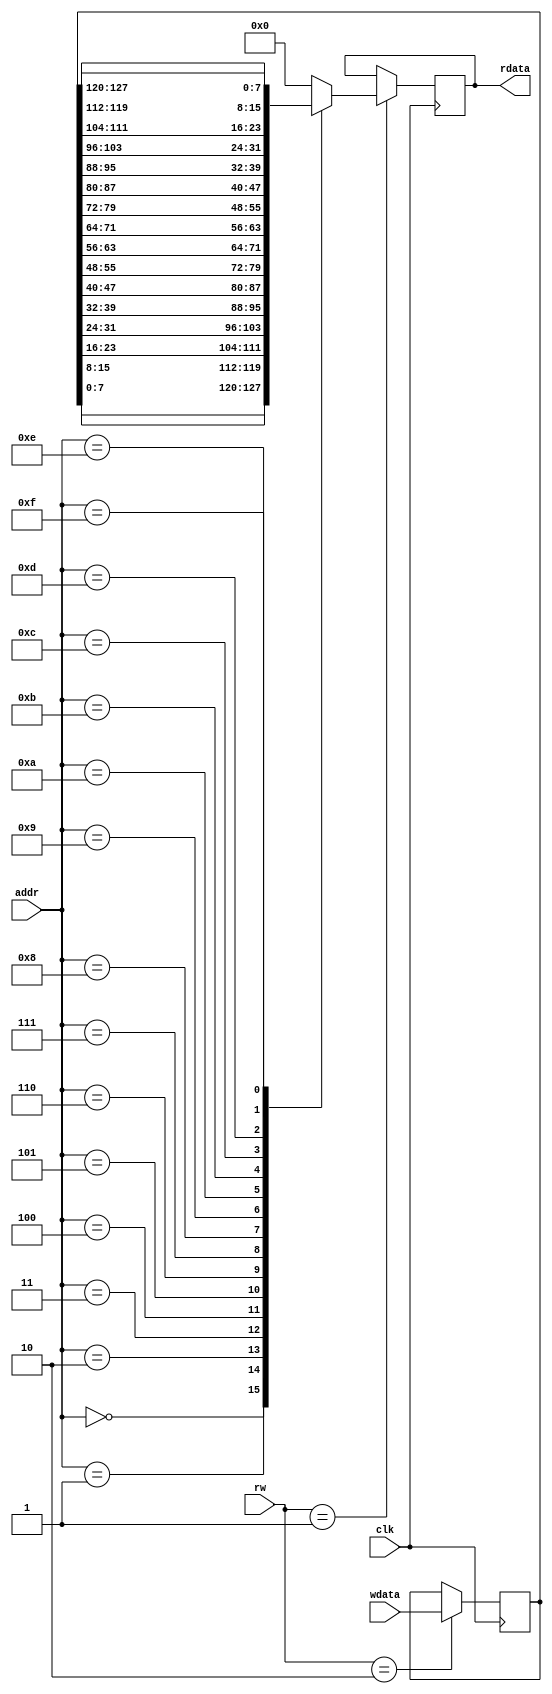
`timescale 1ns/1ps

module RAM (clk,rw,addr,rdata,wdata);

parameter Lock=0,Read=1,Write=2;
input clk;
input [1:0] rw;
input [7:0] addr;
output reg [7:0] rdata;
input [127:0] wdata;

reg [127:0] ramdata=128'd0;

always@(posedge clk)
    case (rw) 
        Write:ramdata<=wdata;
        Read:
            case(addr) 
                0:rdata<=ramdata[7:0];
                1:rdata<=ramdata[15:8];
                2:rdata<=ramdata[23:16];
                3:rdata<=ramdata[31:24];
                4:rdata<=ramdata[39:32];
                5:rdata<=ramdata[47:40];
                6:rdata<=ramdata[55:48];
                7:rdata<=ramdata[63:56];
                8:rdata<=ramdata[71:64];
                9:rdata<=ramdata[79:72];
                10:rdata<=ramdata[87:80];
                11:rdata<=ramdata[95:88];
                12:rdata<=ramdata[103:96];
                13:rdata<=ramdata[111:104];
                14:rdata<=ramdata[119:112];
                15:rdata<=ramdata[127:120];
                default:rdata<=8'd0;
            endcase
        default: ramdata<= ramdata;
    endcase
endmodule